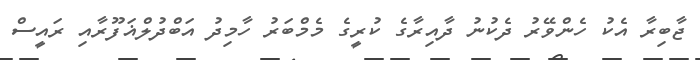
ޖާބިރާ އެކު ހެންވޭރު ދެކުނު ދާއިރާގެ ކުރީގެ މެމްބަރު ހާމިދު އަބްދުލްޣަފޫރާއި ރައީސް